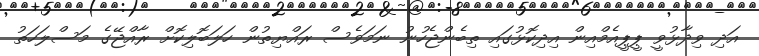
އަދި ވިދާޅުވީ ޕީޕީއެމްއިން އިދިކޮޅުގައި ތިބެންޖެހުނު ނަމަވެސް ރައްޔިތުން ހަލަބޮލިކޮށް ރާއްޖޭގެ މަސްލަހަތު